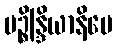
ပဉ္စိန္ဒြိယာနိပေ